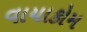
વાયાકોમ